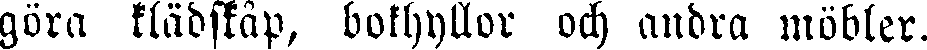
göra klädskåp, bokhyllor och andra möbler.